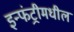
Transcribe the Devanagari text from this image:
इन्फंट्रीमधील